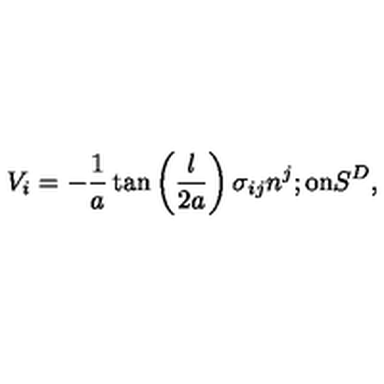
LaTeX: V _ { i } = - \frac { 1 } { a } \tan \left( \frac { l } { 2 a } \right) \sigma _ { i j } n ^ { j } ; \mathrm { o n } S ^ { D } ,